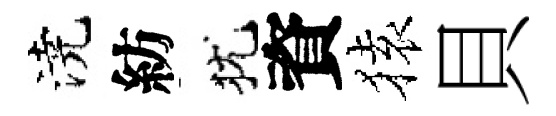
澆紡犹資𫞤貝